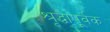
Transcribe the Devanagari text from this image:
श्रृद्धापूर्वक